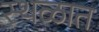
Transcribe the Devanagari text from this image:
स्थळात